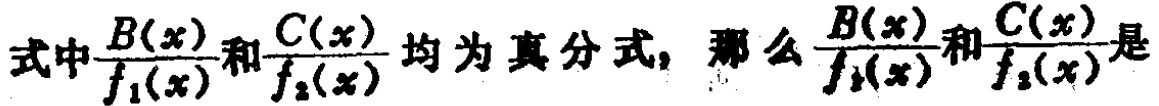
式中$\frac{B(x)}{f_1(x)}$和$\frac{C(x)}{f_2(x)}$均为真分式，那么$\frac{B(x)}{f_1(x)}$和$\frac{C(x)}{f_2(x)}$是